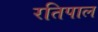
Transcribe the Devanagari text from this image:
रतिपाल